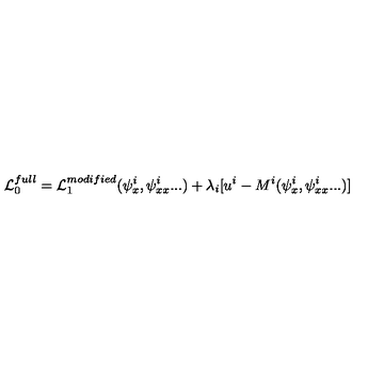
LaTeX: { \cal L } _ { 0 } ^ { f u l l } = { \cal L } _ { 1 } ^ { m o d i f i e d } ( \psi _ { x } ^ { i } , \psi _ { x x } ^ { i } . . . ) + \lambda _ { i } [ u ^ { i } - M ^ { i } ( \psi _ { x } ^ { i } , \psi _ { x x } ^ { i } . . . ) ]